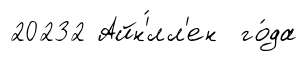
20232 Айн'́лл'ен го́да